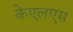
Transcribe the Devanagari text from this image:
केएलएस